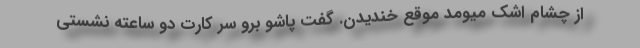
از چشام اشک میومد موقع خندیدن. گفت پاشو برو سر کارت دو ساعته نشستی